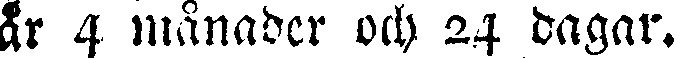
år 4 månader och 24 dagar.